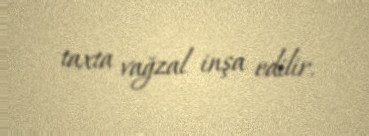
taxta vağzal inşa edilir.